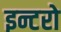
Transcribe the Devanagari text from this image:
इन्टरो